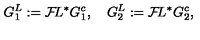
G _ { 1 } ^ { L } : = { \cal F } \! L ^ { * } G _ { 1 } ^ { c } , \quad G _ { 2 } ^ { L } : = { \cal F } \! L ^ { * } G _ { 2 } ^ { c } ,